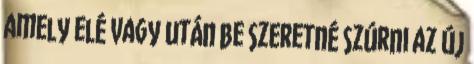
amely elé vagy után be szeretné szúrni az új